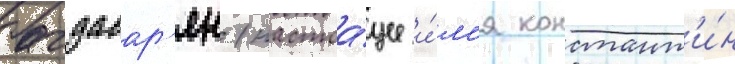
багдасар'ян (настоа́щее и́м'я констант'и́н